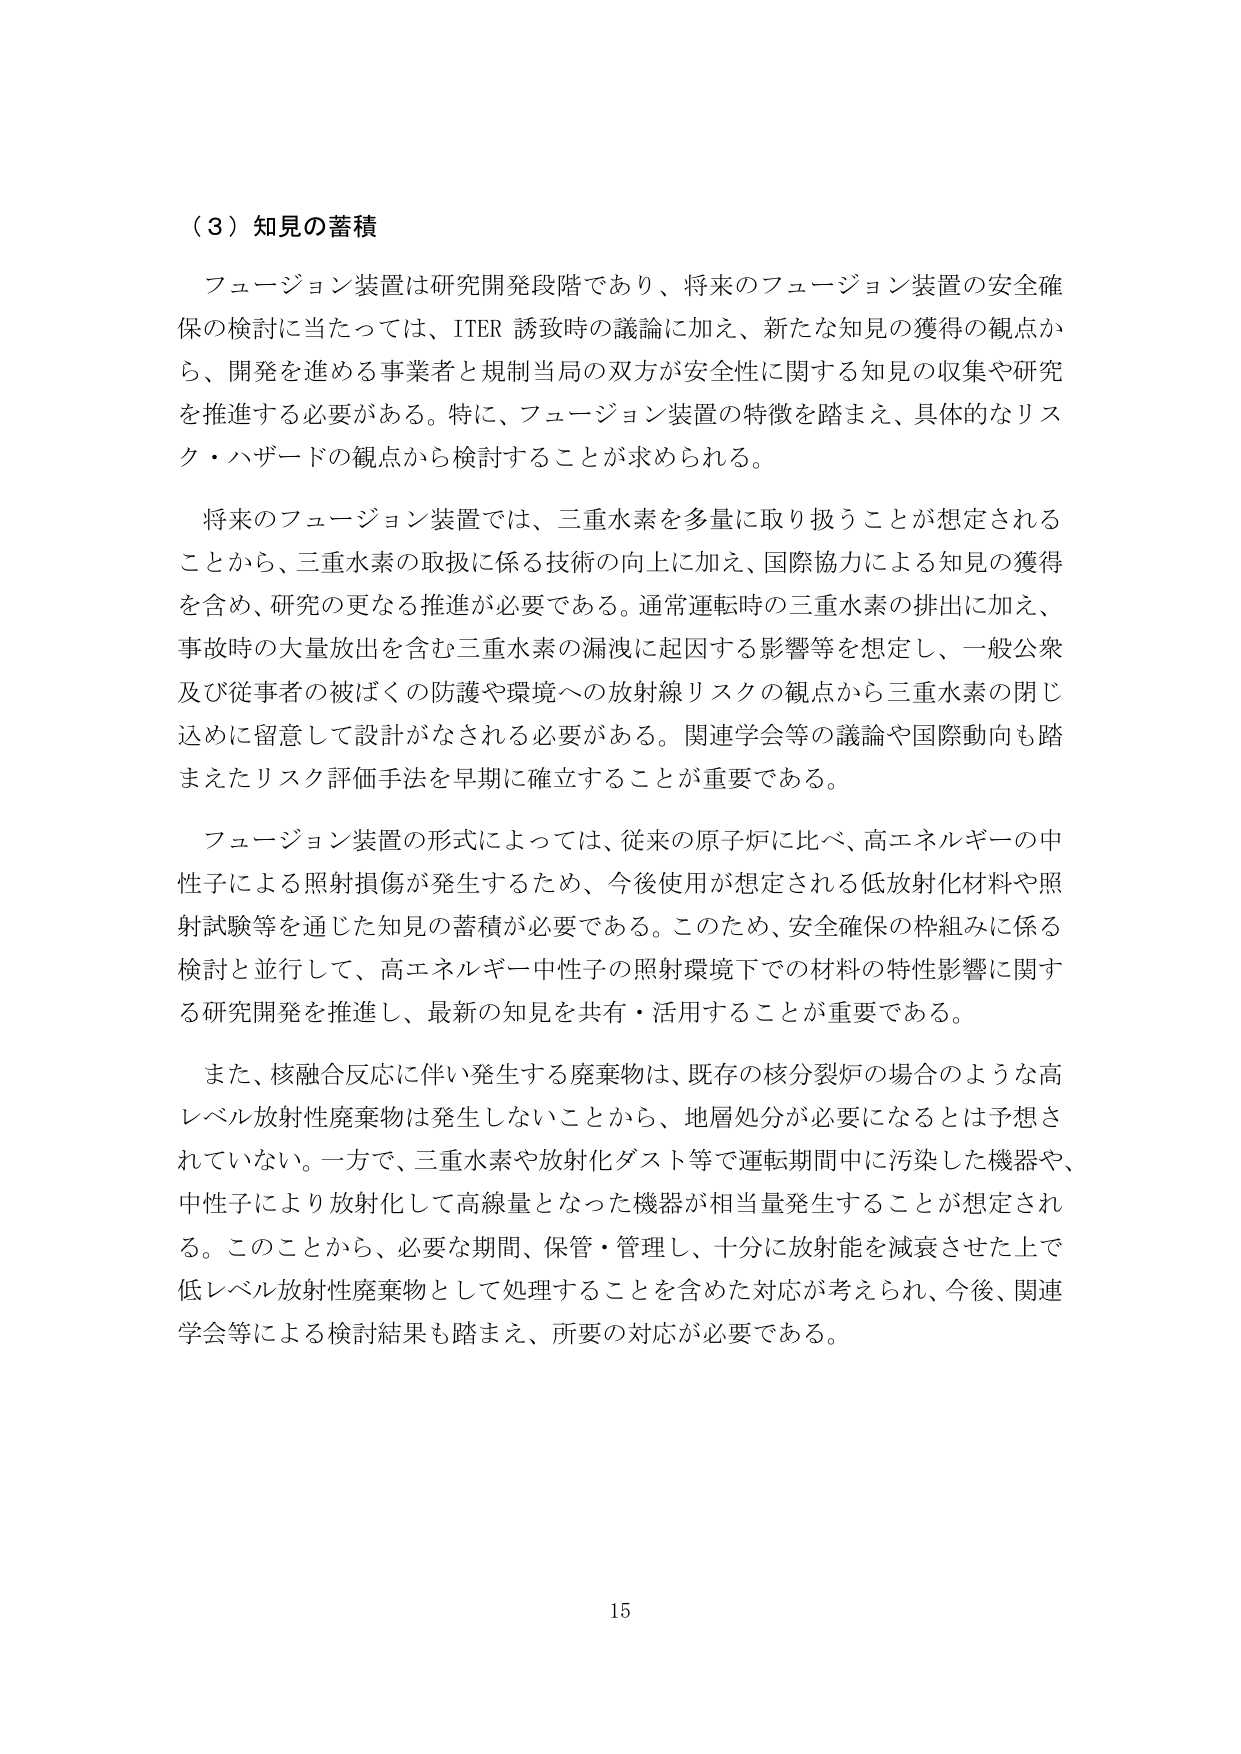
（３）知見の蓄積

フュージョン装置は研究開発段階であり、将来のフュージョン装置の安全確保の検討に当たっては、ITER 誘致時の議論に加え、新たな知見の獲得の観点から、開発を進める事業者と規制当局の双方が安全性に関する知見の収集や研究を推進する必要がある。特に、フュージョン装置の特徴を踏まえ、具体的なリスク・ハザードの観点から検討することが求められる。

将来のフュージョン装置では、三重水素を多量に取り扱うことが想定されることから、三重水素の取扱に係る技術の向上に加え、国際協力による知見の獲得を含め、研究の更なる推進が必要である。通常運転時の三重水素の排出に加え、事故時の大量放出を含む三重水素の漏洩に起因する影響等を想定し、一般公衆及び従事者の被ばくの防護や環境への放射線リスクの観点から三重水素の閉じ込めに留意して設計がなされる必要がある。関連学会等の議論や国際動向も踏まえたリスク評価手法を早期に確立することが重要である。

フュージョン装置の形式によっては、従来の原子炉に比べ、高エネルギーの中性子による照射損傷が発生するため、今後使用が想定される低放射化材料や照射試験等を通じた知見の蓄積が必要である。このため、安全確保の枠組みに係る検討と並行して、高エネルギー中性子の照射環境下での材料の特性影響に関する研究開発を推進し、最新の知見を共有・活用することが重要である。

また、核融合反応に伴い発生する廃棄物は、既存の核分裂炉の場合のような高レベル放射性廃棄物は発生しないことから、地層処分が必要になるとは予想されていない。一方で、三重水素や放射化ダスト等で運転期間中に汚染した機器や、中性子により放射化して高線量となった機器が相当量発生することが想定される。このことから、必要な期間、保管・管理し、十分に放射能を減衰させた上で低レベル放射性廃棄物として処理することを含めた対応が考えられ、今後、関連学会等による検討結果も踏まえ、所要の対応が必要である。

15